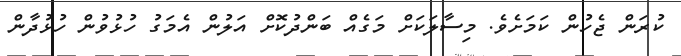
ކުރަން ޖެހުން ކަމަށެވެ. މިސާލަކަށް މަގެއް ބަންދުކޮށް އަލުން އެމަގު ހުޅުވުން ހުޅުދާން